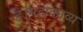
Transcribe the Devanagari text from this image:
है।महाकाव्य